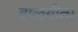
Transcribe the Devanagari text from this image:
बालगीता